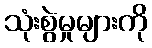
သုံးစွဲမှုများကို